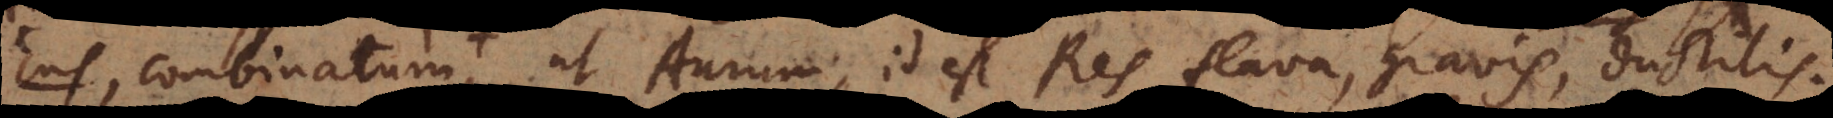
orta, ut Aurum, id est Res flava, gravis, ductilis.